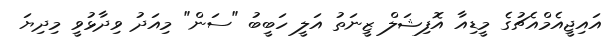
އައިޖީއެމްއެޗުގެ މީޑިއާ އޮފިޝަލް ޒީނަތު އަލީ ހަބީބު "ސަން" މިއަދު ވިދާޅުވީ މިދިޔަ